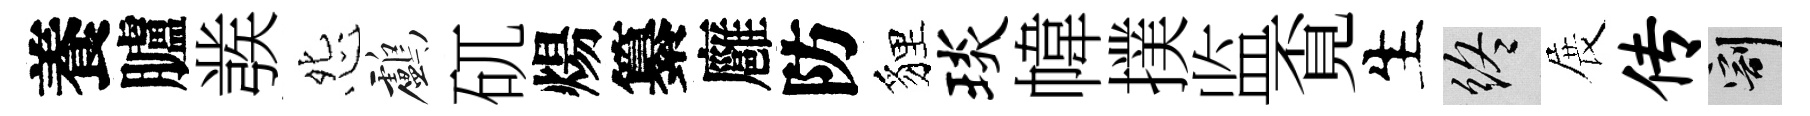
養臚彂怨鸕矹煬纂廱防貍琰幃撲监覔生終展传割